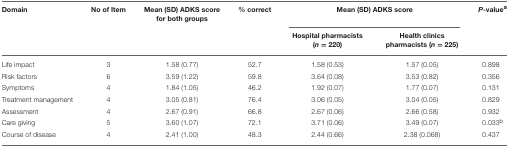
<table><thead><tr><td><b>Domain</b></td><td><b>No of Item</b></td><td><b>Mean (SD) ADKS score for both groups</b></td><td><b>% correct</b></td><td colspan="2"><b>Mean (SD) ADKS score</b></td><td><b><i>P</i>-value<sup>a</sup></b></td></tr><tr><td></td><td></td><td></td><td></td><td><b>Hospital pharmacists (<i>n</i> = 220)</b></td><td><b>Health clinics pharmacists (<i>n</i> = 225)</b></td><td></td></tr></thead><tbody><tr><td>Life impact</td><td>3</td><td>1.58 (0.77)</td><td>52.7</td><td>1.58 (0.53)</td><td>1.57 (0.05)</td><td>0.898</td></tr><tr><td>Risk factors</td><td>6</td><td>3.59 (1.22)</td><td>59.8</td><td>3.64 (0.08)</td><td>3.53 (0.82)</td><td>0.356</td></tr><tr><td>Symptoms</td><td>4</td><td>1.84 (1.05)</td><td>46.2</td><td>1.92 (0.07)</td><td>1.77 (0.07)</td><td>0.131</td></tr><tr><td>Treatment management</td><td>4</td><td>3.05 (0.81)</td><td>76.4</td><td>3.06 (0.05)</td><td>3.04 (0.05)</td><td>0.829</td></tr><tr><td>Assessment</td><td>4</td><td>2.67 (0.91)</td><td>66.8</td><td>2.67 (0.06)</td><td>2.66 (0.58)</td><td>0.932</td></tr><tr><td>Care giving</td><td>5</td><td>3.60 (1.07)</td><td>72.1</td><td>3.71 (0.06)</td><td>3.49 (0.07)</td><td>0.033<sup>b</sup></td></tr><tr><td>Course of disease</td><td>4</td><td>2.41 (1.00)</td><td>48.3</td><td>2.44 (0.66)</td><td>2.38 (0.068)</td><td>0.437</td></tr></tbody></table>